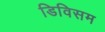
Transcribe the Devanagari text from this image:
डिविसम